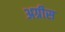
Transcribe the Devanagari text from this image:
अग्रीस